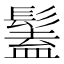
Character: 𩮨